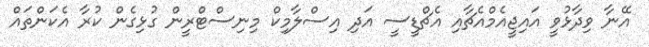
އޭނާ ވިދާޅުވީ އައިޖީއެމްއެޗާއި އެޗްޑީސީ އަދި އިސްލާމިކް މިނިސްޓްރީން ގުޅިގެން ކުރާ އެކަންތައް